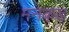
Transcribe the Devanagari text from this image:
मनकड